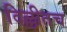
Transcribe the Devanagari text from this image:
दिल्लीतच